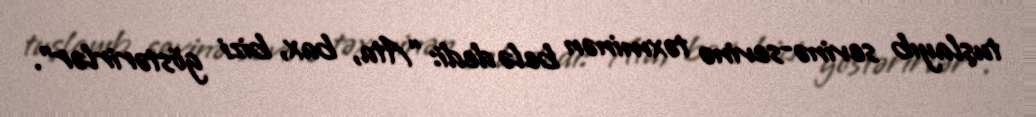
tuşlayıb sevinə-sevinə təxminən belə dedi: “Ata, bax, bizi göstərirlər”.